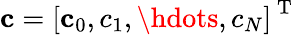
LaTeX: \mathbf{c}=\left[\mathbf c_{0},c_{1},\hdots,c_{N}\right]^{\mathrm{~T~}}